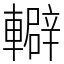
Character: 䡶